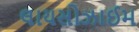
લાયસોઝાઈમ